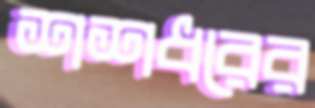
শশধরের